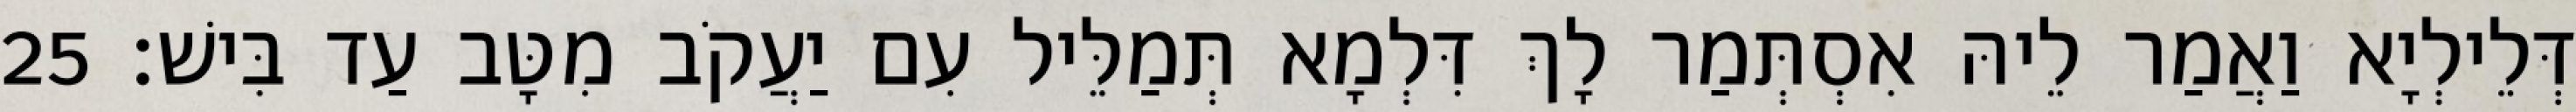
דְּלֵילְיָא וַאֲמַר לֵיהּ אִסְתְּמַר לָךְ דִּלְמָא תְּמַלֵּיל עִם יַעֲקֹב מִטָּב עַד בִּישׁ׃ 25